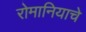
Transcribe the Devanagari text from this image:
रोमानियाचे